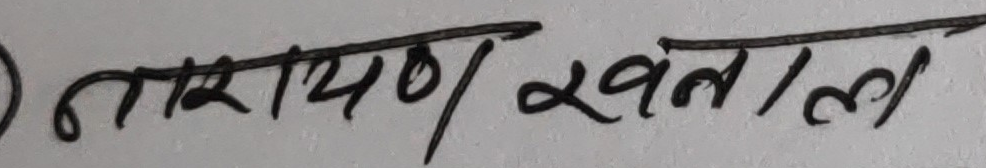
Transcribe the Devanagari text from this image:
नारायण खनाल